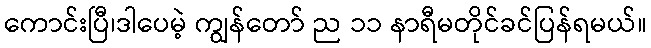
ကောင်းပြီ၊ဒါပေမဲ့ ကျွန်တော် ည ၁၁ နာရီမတိုင်ခင်ပြန်ရမယ်။